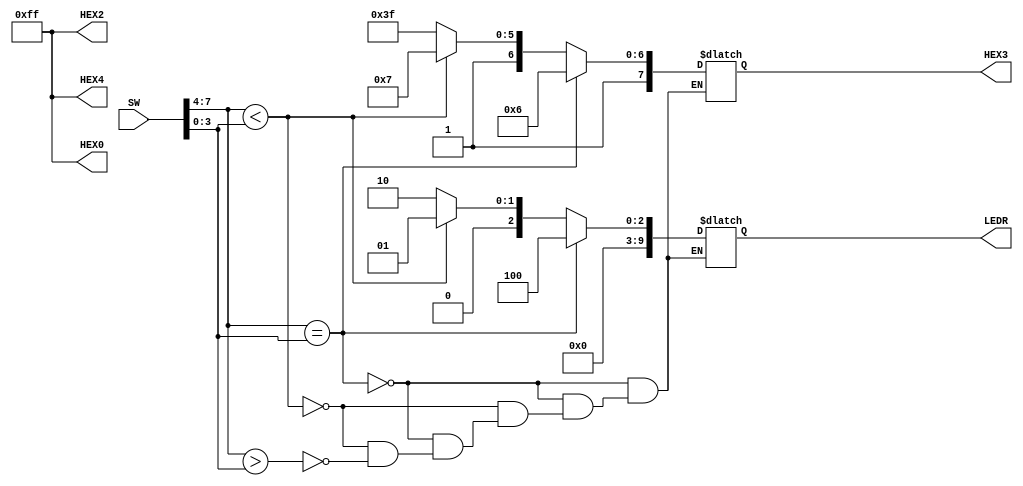
module Unit2_EL_Blank(
    input  [9:0] SW,
    output reg  [7:0] HEX3,
    output [7:0] HEX0,HEX2,HEX4,
    output reg [9:0] LEDR
    //output  [9:3] LEDR
    
);
assign HEX0[7:0]= 8'b1111_1111;
assign HEX2[7:0]= 8'b1111_1111;
assign HEX4[7:0]= 8'b1111_1111;
//assign LEDR[9:3] = 7'b000_0000;
always@(*)
    begin
        if(SW[7:4] == SW[3:0])
            begin
              
              LEDR[2:0] = 3'b100;       //SW[7:4]=SW[3:0]  light LEDR2
              LEDR[9:3] = 7'b000_0000;
              HEX3[7:0] = 8'b1000_0110;  // E
              
              
            end
        else if (SW[7:4]< SW[3:0])   
            begin
                LEDR[2:0] = 3'b001;     //SW[7:4]<SW[3:0]  light LEDR0
                LEDR[9:3] = 7'b000_0000;
                HEX3[7:0] = 8'b1100_0111;// L
               
               
            end
        else if(SW[7:4]>SW[3:0])
            begin
                LEDR[2:0] = 3'b010;      //SW[7:4]>SW[3:0]  light LEDR1
                LEDR[9:3] = 7'b000_0000;
                HEX3[7:0] = 8'b1111_1111;// blank
                
              
            end
    end
    

endmodule